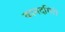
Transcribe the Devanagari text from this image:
कामदगिरी